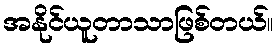
အနိုင်ယူတာသာဖြစ်တယ်။